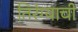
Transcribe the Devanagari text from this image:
तिरंग्याची